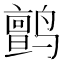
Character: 鹯